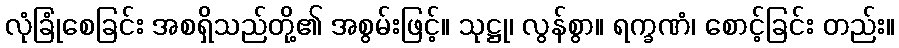
လုံခြုံစေခြင်း အစရှိသည်တို့၏ အစွမ်းဖြင့်။ သုဋ္ဌု၊ လွန်စွာ။ ရက္ခဏံ၊ စောင့်ခြင်း တည်း။